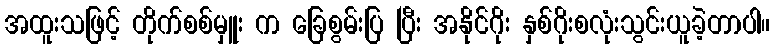
အထူးသဖြင့် တိုက်စစ်မှူး က ခြေစွမ်းပြ ပြီး အနိုင်ဂိုး နှစ်ဂိုးစလုံးသွင်းယူခဲ့တာပါ။